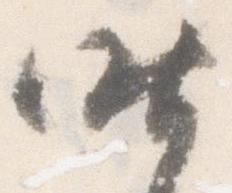
昨